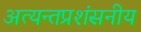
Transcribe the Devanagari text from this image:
अत्यन्तप्रशंसनीय